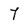
Character: 7